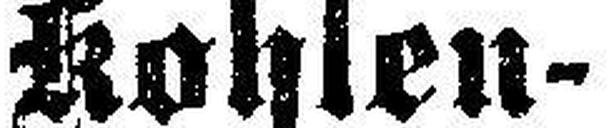
Kohlen-